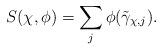
LaTeX: \begin{align*} S(\chi, \phi)=\sum_{j} \phi(\tilde{\gamma}_{\chi, j}).\end{align*}